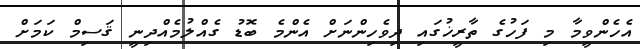
އެހެންވީމާ މި ފަހުގެ ތާރީޚުގައި ދިވެހިންނަށް އެންމެ ބޮޑު ގެއްލުމެއްދިނީ ޤަސިމް ކަމަށް